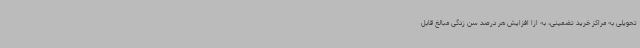
تحویلی به مراکز خرید تضمینی، به ازا افزایش هر درصد سن زدگی مبالغ قابل